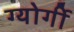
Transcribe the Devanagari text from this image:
ग्योर्गी